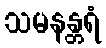
သမနန္တရံ